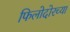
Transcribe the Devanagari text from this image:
फिलोदोरच्या